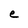
Character: e